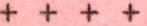
+ + + +